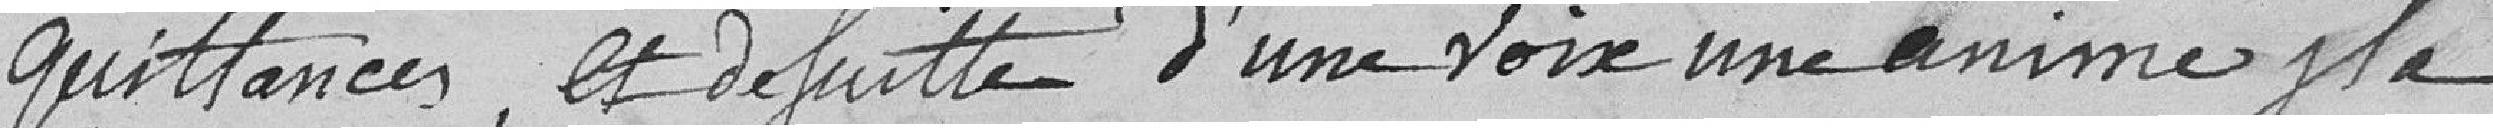
quittances, et de suite d'une voix unanime il a